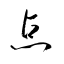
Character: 点